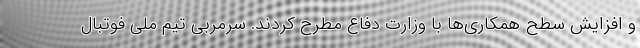
و افزایش سطح همکاری‌ها با وزارت دفاع مطرح کردند. سرمربی تیم ملی فوتبال